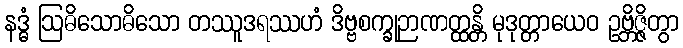
နဒ္ဓံ ဩဓိသောဓိသော တဿူဒရဿဟံ ဒိဗ္ဗစက္ခုဉာဏတ္ထန္တိ မုဒုတ္တာယေဝ ဥဗ္ဘိဇ္ဇိတွာ